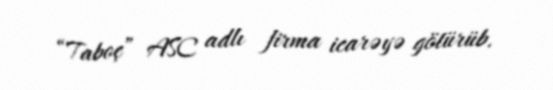
“Taboç” ASC adlı firma icarəyə götürüb.